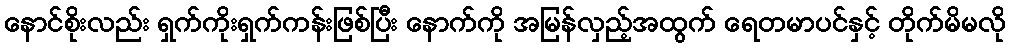
နောင်စိုးလည်း ရှက်ကိုးရှက်ကန်းဖြစ်ပြီး နောက်ကို အမြန်လှည့်အထွက် ရေတမာပင်နှင့် တိုက်မိမလို